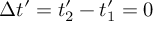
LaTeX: \Delta t ^ { \prime } = t _ { 2 } ^ { \prime } - t _ { 1 } ^ { \prime } = 0